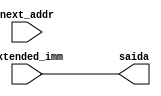
module ADDER(next_addr, extended_imm, saida);

	input [31:0] next_addr, extended_imm;
	output [31:0] saida;
	
	assign saida = /*next_addr +*/ extended_imm;

endmodule